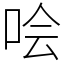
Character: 哙